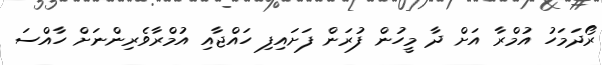
ރޯދަމަހު އުމްރާ އަށް ދާ މީހުން ފުރަން ފަށައިފި ހައްޖާއި އުމްރާވެރިންނަށް ހާއްސަ